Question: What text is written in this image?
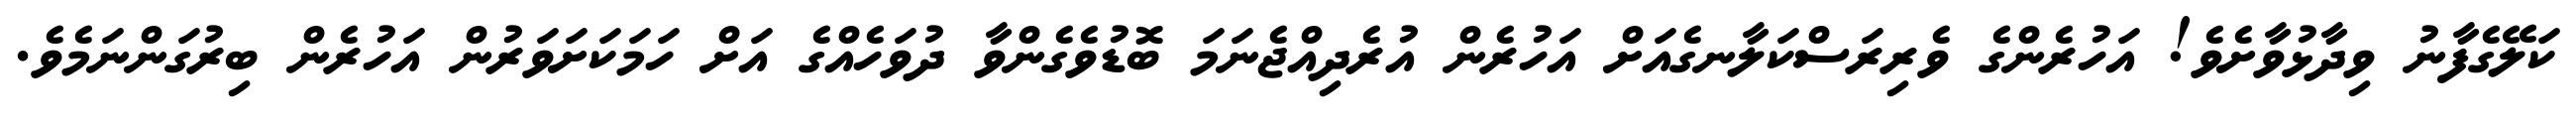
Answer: ކަލޭގެފާނު ވިދާޅުވާށެވެ! އަހުރެންގެ ވެރިރަސްކަލާނގެއަށް އަހުރެން އުރެދިއްޖެނަމަ ބޮޑުވެގެންވާ ދުވަހެއްގެ އަށް ހަމަކަށަވަރުން އަހުރެން ބިރުގަންނަމެވެ.